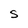
Character: S